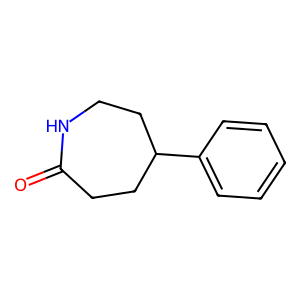
SMILES: O=C1CCC(c2ccccc2)CCN1
Inhibits HIV replication: No